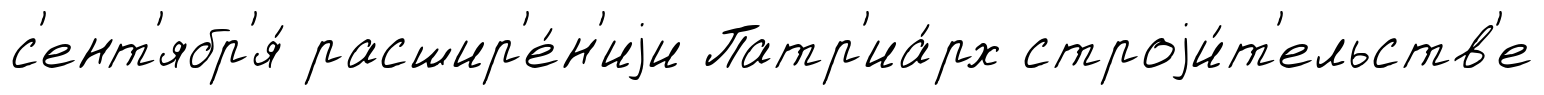
с'ент'ябр'я́ расшир'е́н'иjи Патр'иа́рх строjи́т'ельств'е